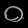
Digit: ၀